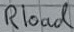
Text: Rload